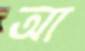
আ